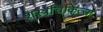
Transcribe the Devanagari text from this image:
शस्त्रचिकित्सा